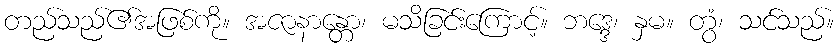
တည်သည်၏အဖြစ်ကို။ အဇာနာန္တော၊ မသိခြင်းကြောင့်။ ဘဒ္ဒေ၊ နှမ။ တွံ၊ သင်သည်။